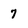
Character: 7